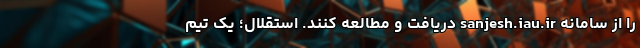
را از سامانه sanjesh.iau.ir دریافت و مطالعه کنند. استقلال؛ یک تیم